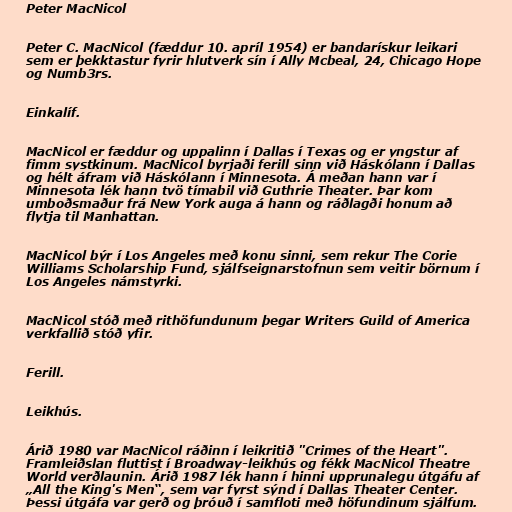
Peter MacNicol

Peter C. MacNicol (fæddur 10. apríl 1954) er bandarískur leikari
sem er þekktastur fyrir hlutverk sín í Ally Mcbeal, 24, Chicago Hope
og Numb3rs.

Einkalíf.

MacNicol er fæddur og uppalinn í Dallas í Texas og er yngstur af
fimm systkinum. MacNicol byrjaði ferill sinn við Háskólann í Dallas
og hélt áfram við Háskólann í Minnesota. Á meðan hann var í
Minnesota lék hann tvö tímabil við Guthrie Theater. Þar kom
umboðsmaður frá New York auga á hann og ráðlagði honum að
flytja til Manhattan.

MacNicol býr í Los Angeles með konu sinni, sem rekur The Corie
Williams Scholarship Fund, sjálfseignarstofnun sem veitir börnum í
Los Angeles námstyrki.

MacNicol stóð með rithöfundunum þegar Writers Guild of America
verkfallið stóð yfir.

Ferill.

Leikhús.

Árið 1980 var MacNicol ráðinn í leikritið "Crimes of the Heart".
Framleiðslan fluttist í Broadway-leikhús og fékk MacNicol Theatre
World verðlaunin. Árið 1987 lék hann í hinni upprunalegu útgáfu af
„All the King's Men“, sem var fyrst sýnd í Dallas Theater Center.
Þessi útgáfa var gerð og þróuð í samfloti með höfundinum sjálfum.